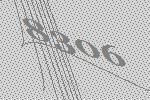
8306